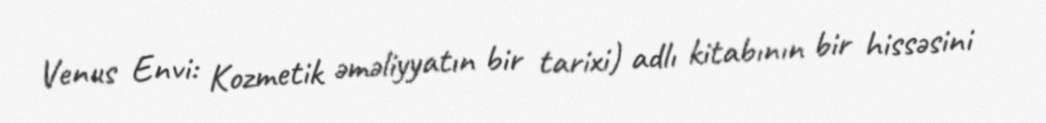
Venus Envi: Kozmetik əməliyyatın bir tarixi) adlı kitabının bir hissəsini